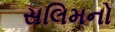
સલિમનો